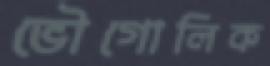
ভৌগোলিক